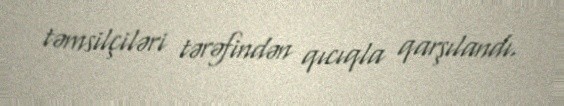
təmsilçiləri tərəfindən qıcıqla qarşılandı.